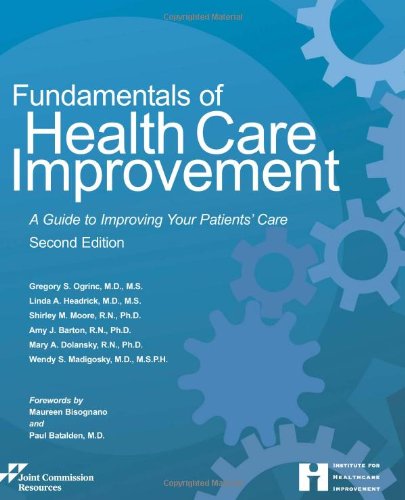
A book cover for Fundamentals of Health Care Improvement: A Guide to Improving Your Patients' Care, Second Edition; Joint Commission; Medical Books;